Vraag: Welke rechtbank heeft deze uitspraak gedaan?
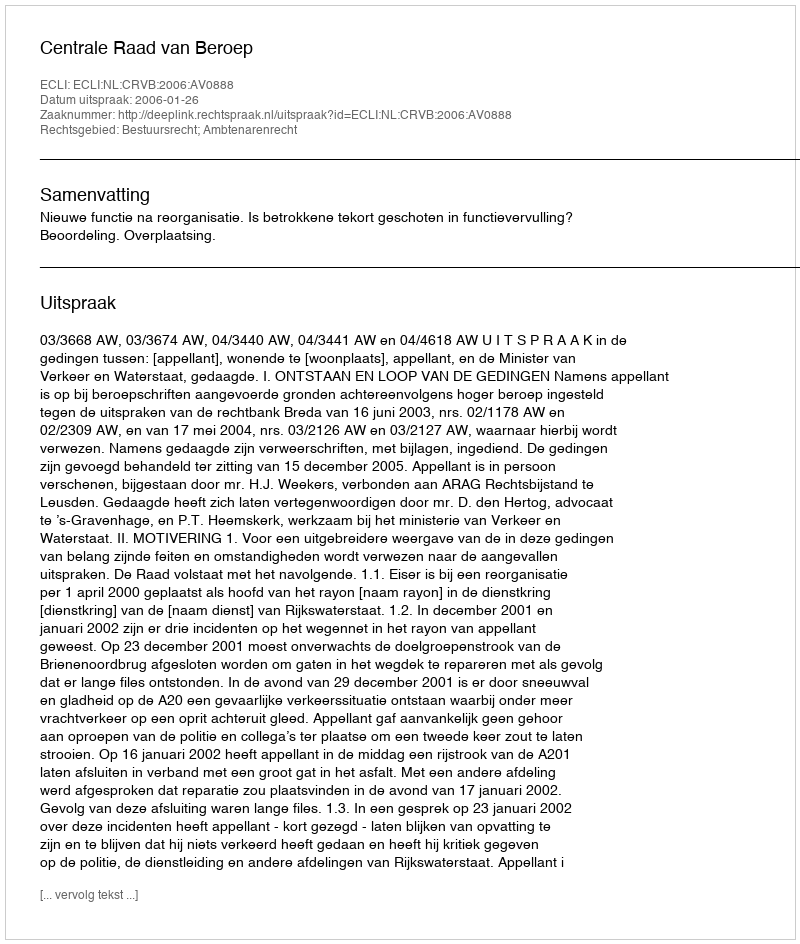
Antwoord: Centrale Raad van Beroep